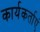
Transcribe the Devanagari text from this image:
कार्यकर्ताएं